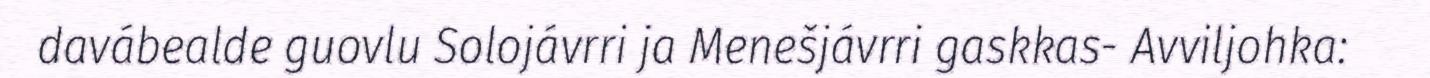
davábealde guovlu Solojávrri ja Menešjávrri gaskkas- Avviljohka: